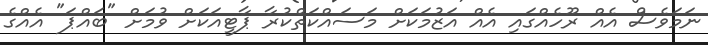
ނަމަވެސް އެއް ރޫހެއްގައި އެއް އަޒުމަކަށް މަސައްކަތްކުރާ ޕާޓީއަކަށް ވުމަށް "ބައްޕަ" އެއްގެ